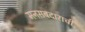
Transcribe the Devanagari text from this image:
मनसबदाराची